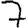
Digit: 7